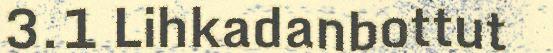
3.1 Lihkadanbottut